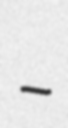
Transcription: -